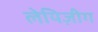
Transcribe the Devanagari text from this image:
लेयिज़ीग